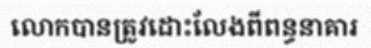
លោកបានត្រូវដោះលែងពីពន្ធនាគារ